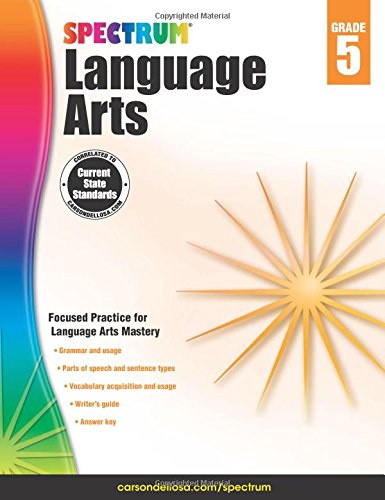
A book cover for Spectrum Language Arts, Grade 5; Children's Books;